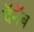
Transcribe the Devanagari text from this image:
दॅनॅब